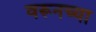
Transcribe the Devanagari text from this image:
वरूनच्या